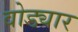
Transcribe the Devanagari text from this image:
वोड्यार